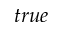
t r u e